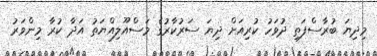
މިދިޔަ ބުރާސްފަތި ދުވަހު ކުރިއަށް ދިޔަ ސަރުކާރުގެ މަސްއޫލިއްޔަތު އަދާ ކުރާ މިންވަރު